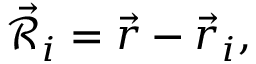
{ \vec { \mathcal { R } } } _ { i } = { \vec { r } } - { \vec { r } } _ { i } ,